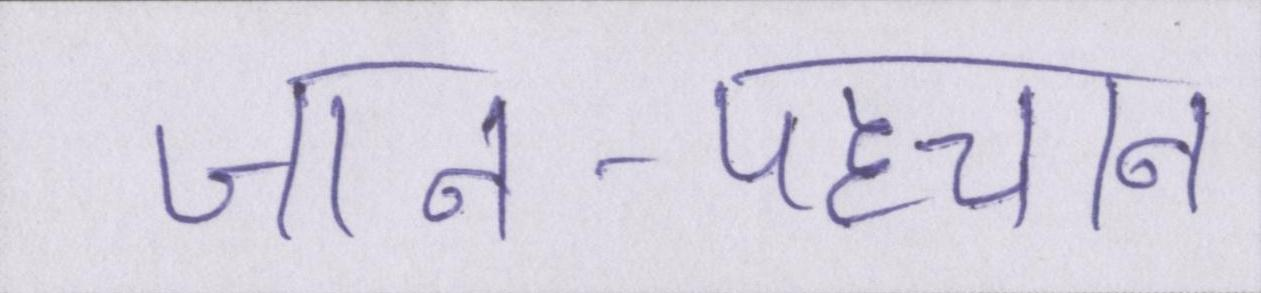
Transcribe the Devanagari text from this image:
जान-पहचान